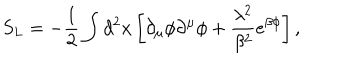
S _ { L } = - { \frac { 1 } { 2 } } \int d ^ { 2 } x \left[ \partial _ { \mu } \phi \partial ^ { \mu } \phi + { \frac { \lambda ^ { 2 } } { \beta ^ { 2 } } } e ^ { \beta \phi } \right] ,